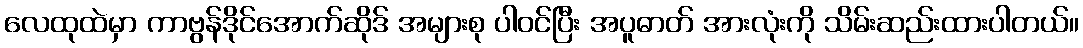
လေထုထဲမှာ ကာဗွန်ဒိုင်အောက်ဆိုဒ် အများစု ပါဝင်ပြီး အပူဓာတ် အားလုံးကို သိမ်းဆည်းထားပါတယ်။